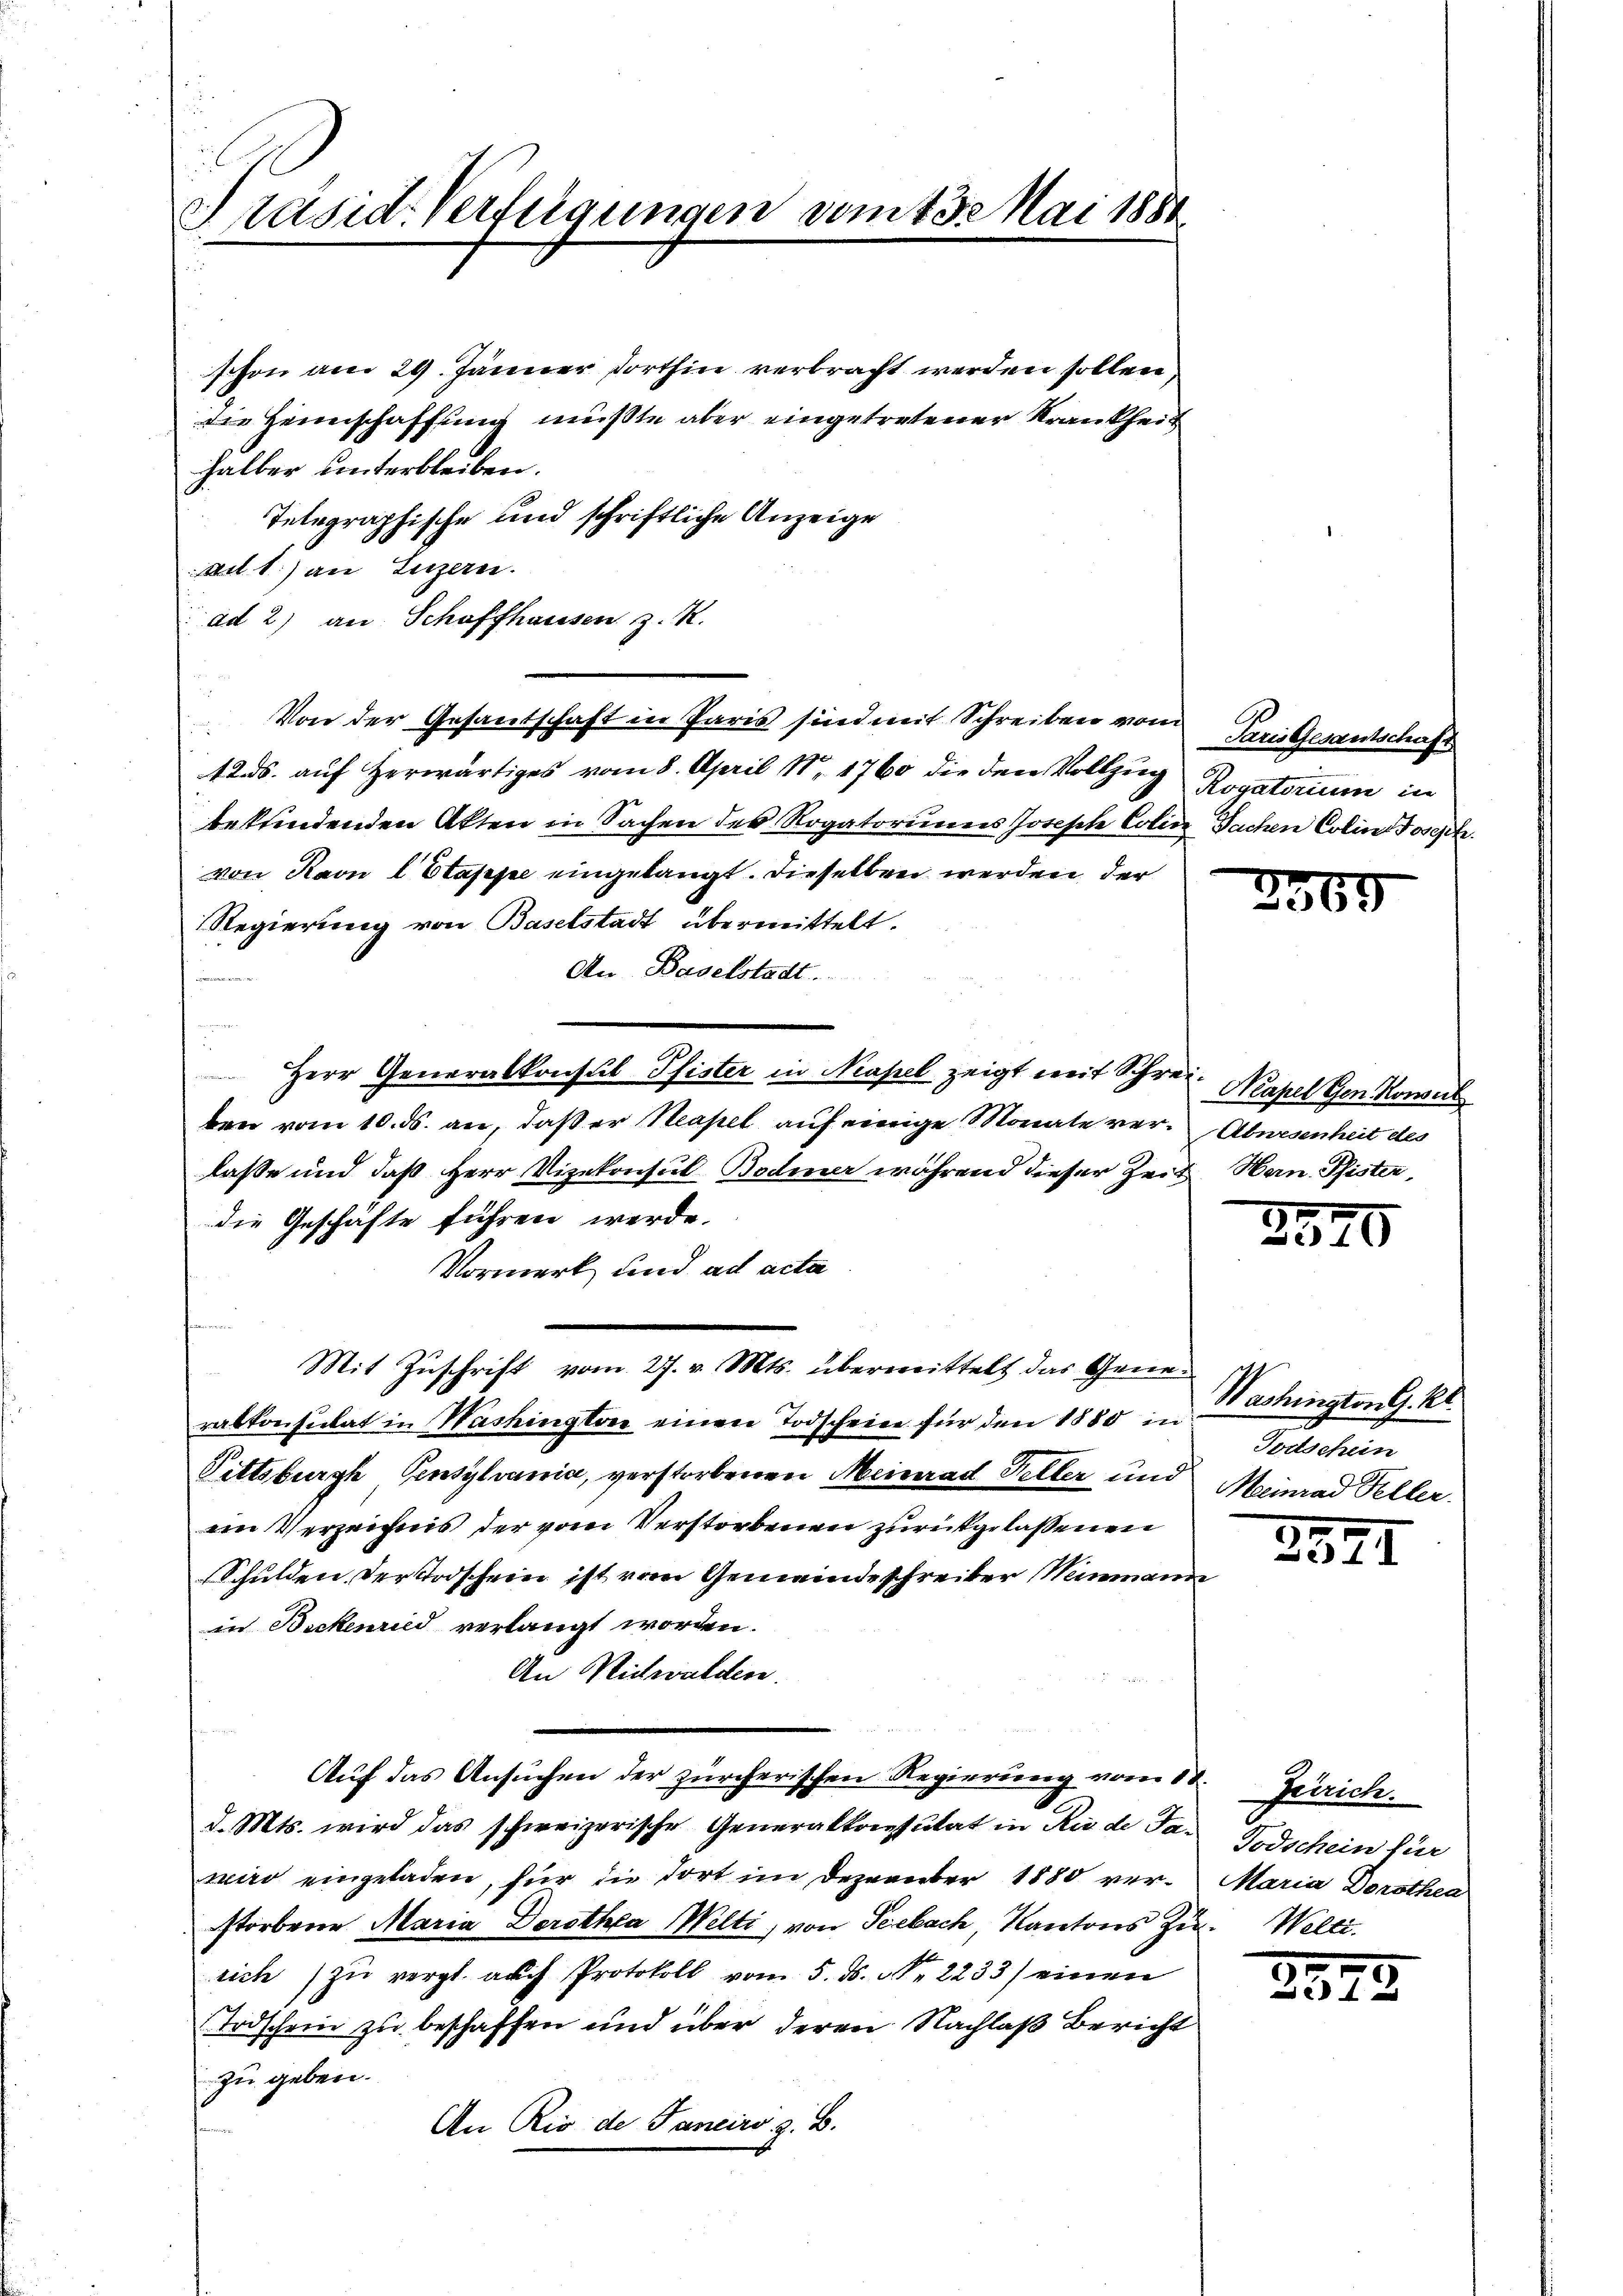
Präsid. Verfügungen vom 13. Mai 1884

schon am 29. Jänner dorthin verbracht werden sollen,
die Heimschaffung müßte aber eingetretener Krankheit
halber unterbleiben.
Telegraphische und schriftliche Anzeige
an 1) an Luzern.
ad 2) an Schaffhausen z. R.
Von der Gesantschaft in Paris sind mit Schreiben von Priesentschaft
12 ds. auf herwärtiges vom 8. April 18. 1760 die den Vollzug Rogatorium in
bekfindenden Akten in Sachen des Rogatoriums Joseph Colin Sachen Coline Fossik.
von Ravn l Stappe eingelangt. Dieselben werden, der
Regierung von Baselstadt übermittelt.
An Baselstadt
Herr Generalkonstil Pfister in Neapel zeigt mit Schrei- Meapel Gen. Kowal
ben vom 10. ds. an, daß er Neapel auf einige Monate ver-Abnesenheit des
laße und daß Herr Vizekonsul Bodmer während dieser Zeit Han. Pfister,
die Geschäfte führen werde.
Vormerk und ad acta
Mit Zuschrift vom 27. v. Mts. übermittelt das Gene
ralkonsulat in Washington einen Todscheine für den 1880 in
Pittsburgh Pensylvania, verstorbenen Meinrad Feller und Meinrad Feller.
ein Verzeichnis der vom Verstorbenen zurückgelassenen
Schulden der Todschein ist vom Gemeindeschreiber Weinmann
in Beckenried verlangt worden.
An Richwalden.
Auf das Ansuchen der zürcherischen Regierung vom St.
d. Mts. wird das schweizerische Generalkonsulat in Rio de Ja- Todschein für
wird eingeladen, für die dort im Dezember 1880 verstorbene Maria Dorothea Welti, von Seebach, Kantons zu. Welti.
sich zŭ vergl. auch Protokoll vom 5. ds. N. 2233) einen
Todschein zu beschaffen und über deren Nachlaß Bericht
zu geben.
An Rio de Janeiro z. B.

2369

2570

Washington G. Kt.
Fortschein

2
21

Zeirich.
Maria Dorothea

.